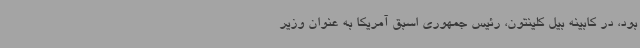
بود، در کابینه بیل کلینتون، رئیس جمهوری اسبق آمریکا به عنوان وزیر